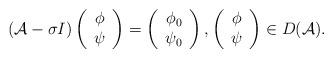
LaTeX: \begin{align*} ({\cal A}-\sigma I)\left( \begin{array}{c} \phi \\ \psi \end{array} \right)=\left( \begin{array}{c} \phi_0 \\ \psi_0 \end{array}\right), \left(\begin{array}{c} \phi \\ \psi \end{array} \right)\in D({\cal A}). \end{align*}